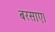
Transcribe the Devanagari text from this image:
बरसाए।